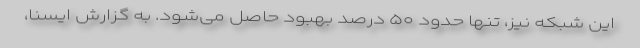
این شبکه نیز، تنها حدود ۵۰ درصد بهبود حاصل می‌شود. به گزارش ایسنا،